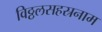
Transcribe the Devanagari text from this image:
विठ्ठलसहस्रनाम